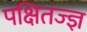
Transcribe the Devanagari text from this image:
पक्षितज्‍ज्ञ